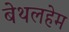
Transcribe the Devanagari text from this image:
बेथलहेम